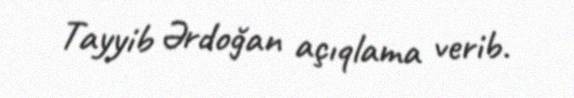
Tayyib Ərdoğan açıqlama verib.